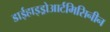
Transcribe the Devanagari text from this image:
डाईहाइड्रोआर्टमिसिनीन